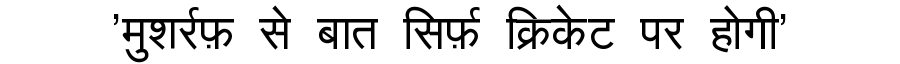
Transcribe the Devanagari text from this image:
'मुशर्रफ़ से बात सिर्फ़ क्रिकेट पर होगी'